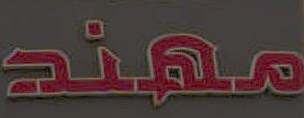
مهند